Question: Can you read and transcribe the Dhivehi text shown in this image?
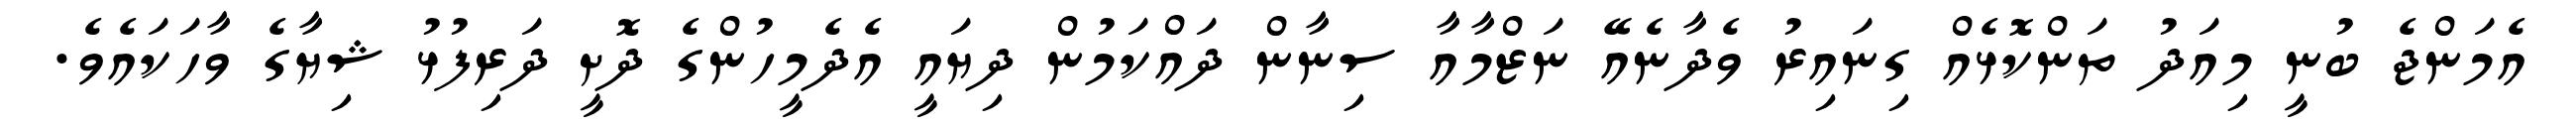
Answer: އެމަންޖެ ބުނީ މިއަދު ތަންކޮޅެއް ގިނައިރު ވެދާނެއޭ ނަޒްމާއާ ސިނާން ދައްކަމުން ދިޔައީ އެދެމީހުންގެ ދޮށީ ދަރިފުޅު ޝިޔާގެ ވާހަކައެވެ.